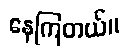
နေကြတယ်။